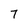
Character: 7